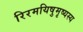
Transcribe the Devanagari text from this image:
रिरमयिषुमृष्यस्य